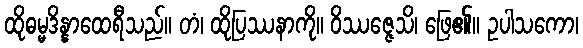
ထိုဓမ္မဒိန္နာထေရီသည်။ တံ၊ ထိုပြဿနာကို။ ဝိဿဇ္ဇေသိ၊ ဖြေ၏။ ဥပါသကော၊